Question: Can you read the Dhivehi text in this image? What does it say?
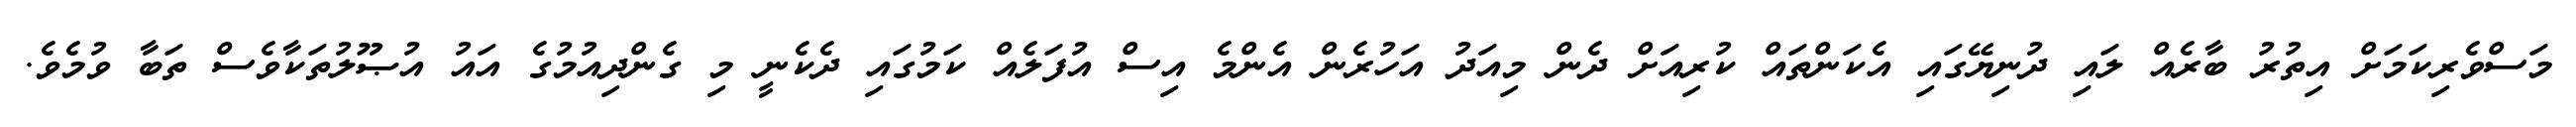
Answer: މަސްވެރިކަމަށް އިތުރު ބާރެއް ލައި ދުނިޔޭގައި އެކަންތައް ކުރިއަށް ދެން މިއަދު އަހުރެން އެންމެ އިސް އުފަލެއް ކަމުގައި ދެކެނީ މި ގެންދިއުމުގެ އައު އުޞޫލުތަކާވެސް ތަބާ ވުމެވެ.